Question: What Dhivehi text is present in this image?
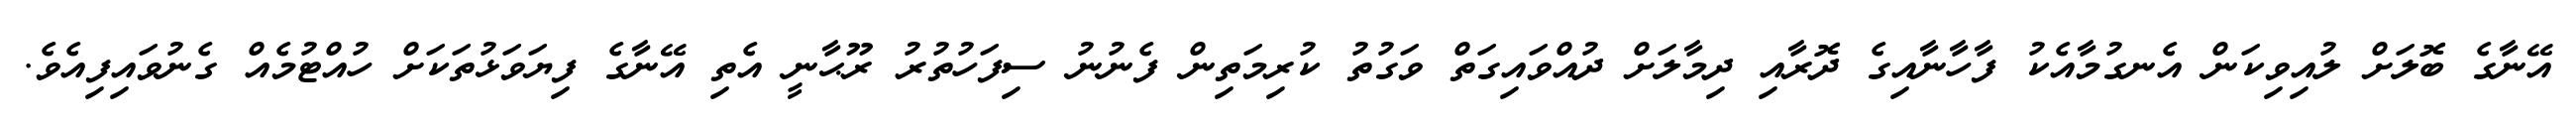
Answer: އޭނާގެ ބޮލަށް ލުއިވިކަން އެނގުމާއެކު ފާހާނާއިގެ ދޮރާއި ދިމާލަށް ދުއްވައިގަތް ވަގުތު ކުރިމަތިން ފެނުނު ސިފަހުތުރު ރޫޙާނީ އެތި އޭނާގެ ފިޔަވަޅުތަކަށް ހުއްޓުމެއް ގެނުވައިފިއެވެ.